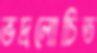
ভদ্রলোচিত